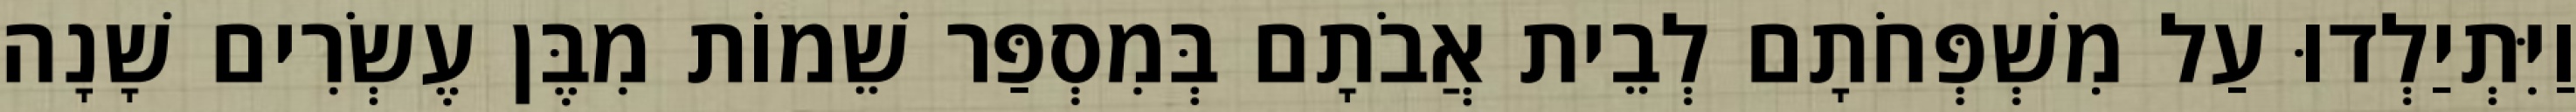
וַיִּתְיַלְדוּ עַל מִשְׁפְּחֹתָם לְבֵית אֲבֹתָם בְּמִסְפַּר שֵׁמוֹת מִבֶּן עֶשְׂרִים שָׁנָה